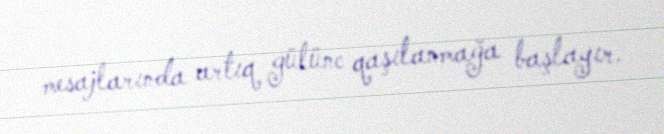
mesajlarında artıq gülünc qaşılanmağa başlayır.